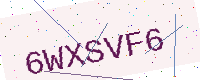
Text: 6WXSVF6